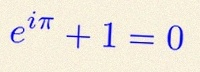
e^{i\pi}+1=0